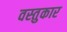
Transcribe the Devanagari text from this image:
वस्तुकार